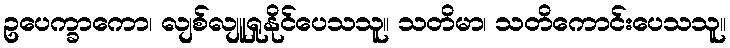
ဥပေက္ခာကော၊ လျစ်လျူရှုနိုင်ပေသသူ။ သတိမာ၊ သတိကောင်းပေသသူ။